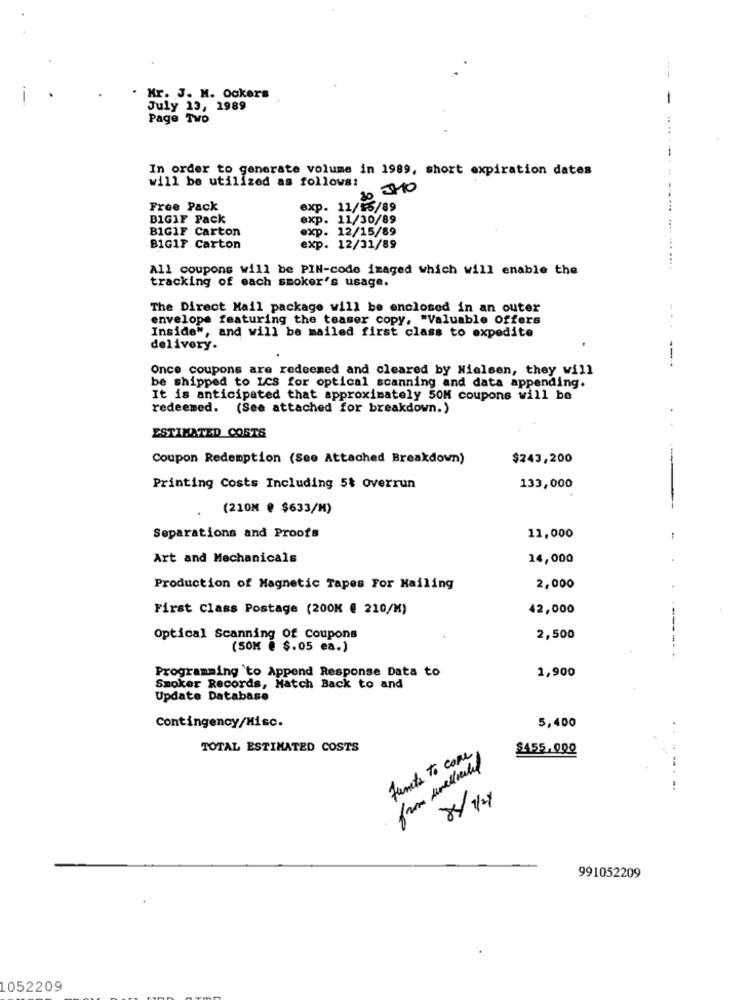
Mr. J. M. Ockers
July 13, 1989
Page Two
In order to generate volume in 1989, short expiration dates
will be utilized as follows:
30 2110
Free Pack
exp. 11/45/89
BIGIF Pack
exp. 11/30/89
B1GIF Carton
exp. 12/15/89
B1GIF Carton
exp. 12/31/89
All coupons will be PIN-code imaged which will enable the
tracking of each smoker's usage.
The Direct Mail package will be enclosed in an outer
envelope featuring the teaser copy, "Valuable Offers
Inside", and will be mailed first class to expedite
delivery.
----
Once coupons are redeemed and cleared by Nielsen, they will
be shipped to LCS for optical scanning and data appending.
It is anticipated that approximately 50M coupons will be
redeemed. (See attached for breakdown.)
ESTIMATED COSTS
Coupon Redemption (See Attached Breakdown)
$243,200
Printing Costs Including 5& overrun
133,000
(210M @ $633/M)
Separations and Proofs
11,000
Art and Mechanicals
14,000
Production of Magnetic Tapes For Mailing
2,000
First Class Postage (200K € 210/M)
42,000
Optical Scanning Of Coupons
2,500
(SOM @ $.05 ea.)
-------
Programming `to Append Response Data to
1,900
Smoker Records, Match Back to and
Update Database
Contingency/Misc.
5,400
TOTAL ESTIMATED COSTS
Functs to come
$455.000
from unelected
8/1/4
991052209
1052209